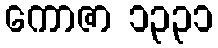
ကောဇာ ၁၃၃၁